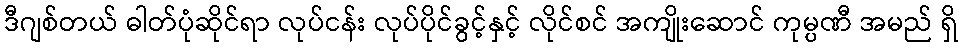
ဒီဂျစ်တယ် ဓါတ်ပုံဆိုင်ရာ လုပ်ငန်း လုပ်ပိုင်ခွင့်နှင့် လိုင်စင် အကျိုးဆောင် ကုမ္ပဏီ အမည် ရှိ